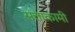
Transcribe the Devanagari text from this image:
सत्ताकामी